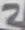
Text: 2